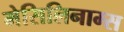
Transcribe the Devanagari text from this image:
मेसिलिनाम्स